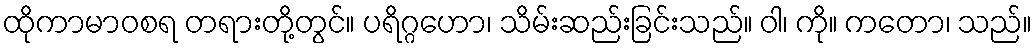
ထိုကာမာဝစရ တရားတို့တွင်။ ပရိဂ္ဂဟော၊ သိမ်းဆည်းခြင်းသည်။ ဝါ၊ ကို။ ကတော၊ သည်။